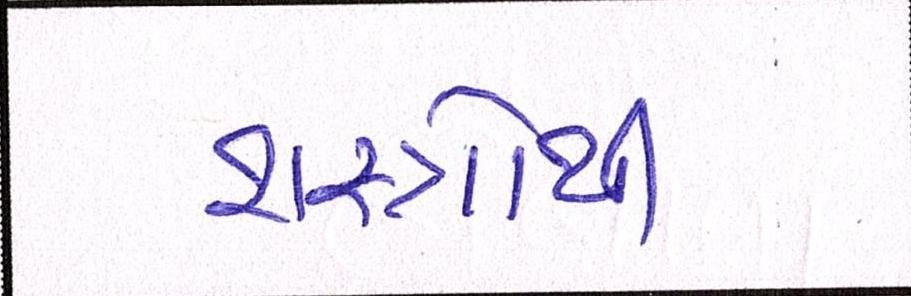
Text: શસ્ત્રોથી